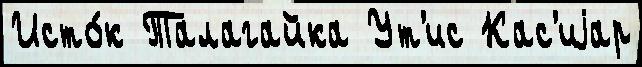
Исто́к Талагайка Ут'ис Кас'иjар